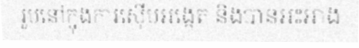
រូបនៅក្នុងការស៊ើបអង្កេត និងបានអះអាង